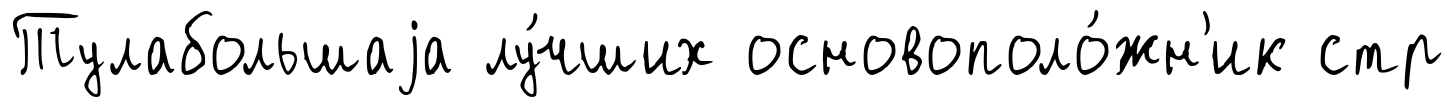
Тулабольшаjа лу́чших основополо́жн'ик стр